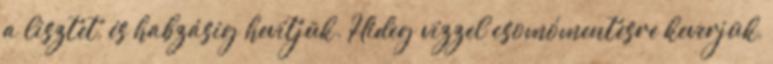
a lisztet, és habzásig hevítjük. Hideg vízzel csomómentesre keverjük,